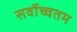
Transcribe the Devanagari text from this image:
सर्वोच्चतम